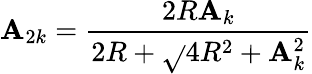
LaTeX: \mathbf{A}_{2k}=\frac{{2R\mathbf{A}_{k}}}{{2R+\sqrt{}{{4R^{2}+\mathbf{A}_{k}^{2}}}}}